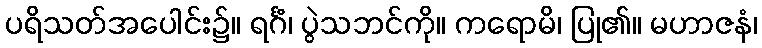
ပရိသတ်အပေါင်း၌။ ရင်္ဂံ၊ ပွဲသဘင်ကို။ ကရောမိ၊ ပြု၏။ မဟာဇနံ၊